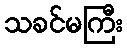
သခင်မကြီး